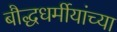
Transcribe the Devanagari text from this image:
बौद्धधर्मीयांच्या